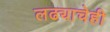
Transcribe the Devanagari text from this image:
लढ्याचेही